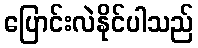
ပြောင်းလဲနိုင်ပါသည်